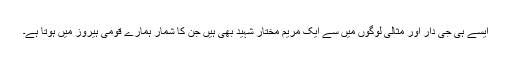
ایسے ہی جی دار اور مثالی لوگوں میں سے ایک مریم مختار شہید بھی ہیں جن کا شمار ہمارے قومی ہیروز میں ہوتا ہے۔